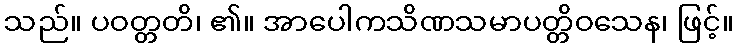
သည်။ ပဝတ္တတိ၊ ၏။ အာပေါကသိဏသမာပတ္တိဝသေန၊ ဖြင့်။